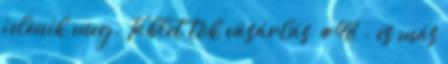
jelenik meg. Tablet tok vásárlás #48 - és más